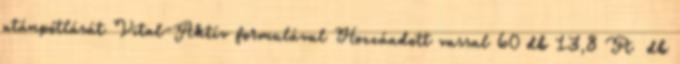
utánpótlását Vital-Aktív formulával Hozzáadott vassal 60 db 13,8 Ft db